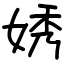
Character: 㛢